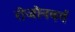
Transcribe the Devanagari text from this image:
रोजोनबर्ग